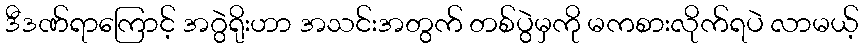
ဒီဒဏ်ရာကြောင့် အဂွဲရိုးဟာ အသင်းအတွက် တစ်ပွဲမှကို မကစားလိုက်ရပဲ လာမယ့်